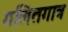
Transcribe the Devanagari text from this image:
गलितगात्र